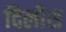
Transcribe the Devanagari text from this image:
दिलीस